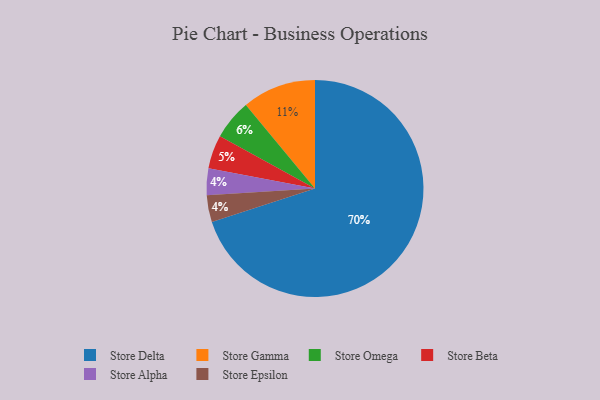
{"axis": {"x": "Category", "y": "Percentage"}, "legend": ["Store Alpha", "Store Beta", "Store Delta", "Store Epsilon", "Store Gamma", "Store Omega"], "data": [{"x": "Store Alpha", "y": 4, "type": "Store Alpha"}, {"x": "Store Epsilon", "y": 4, "type": "Store Epsilon"}, {"x": "Store Gamma", "y": 11, "type": "Store Gamma"}, {"x": "Store Omega", "y": 6, "type": "Store Omega"}, {"x": "Store Beta", "y": 5, "type": "Store Beta"}, {"x": "Store Delta", "y": 70, "type": "Store Delta"}]}